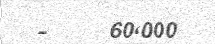
-     60